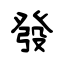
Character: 發